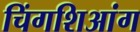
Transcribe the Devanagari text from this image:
चिंगशिआंग